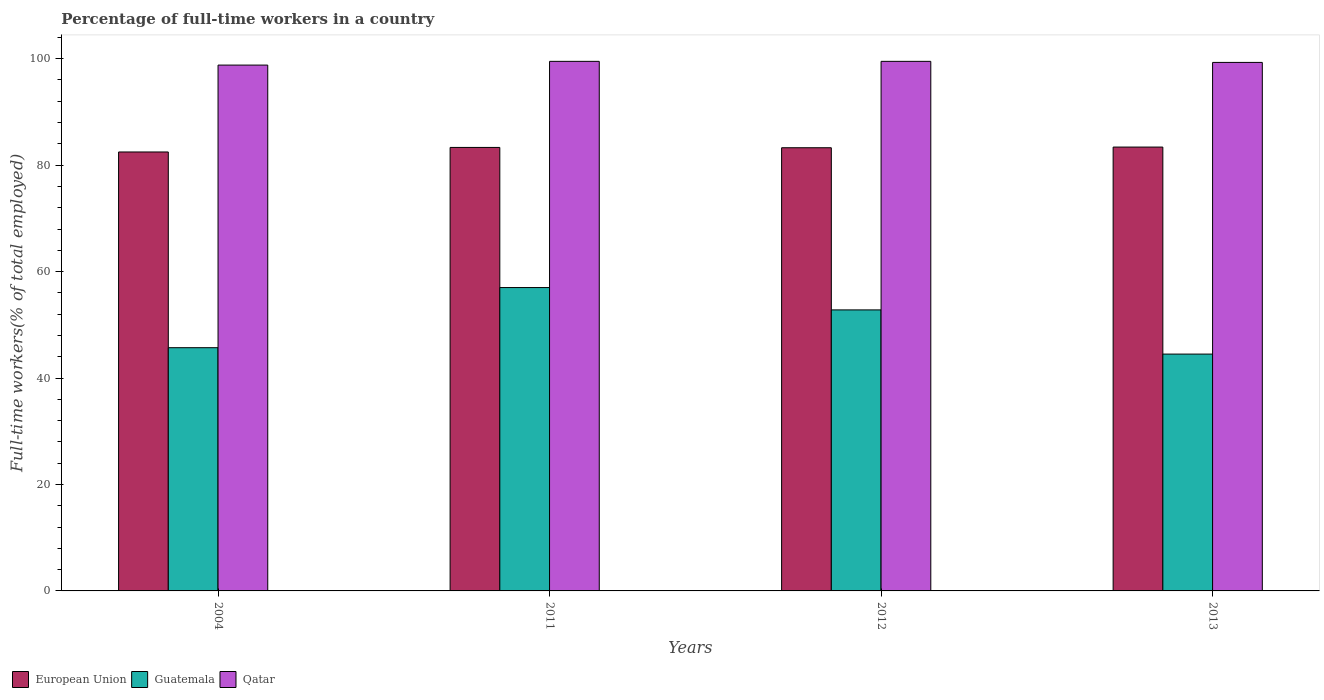
| Years | European Union | Guatemala | Qatar |
 | --- | --- | --- | --- |
 | 2004 | 82.5 | 45.7 | 98.8 |
 | 2011 | 83.3 | 57 | 99.5 |
 | 2012 | 83.3 | 52.8 | 99.5 |
 | 2013 | 83.4 | 44.5 | 99.3 |